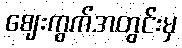
ဈေးကွက်အတွင်းမှ